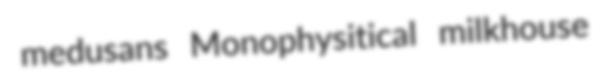
medusans Monophysitical milkhouse